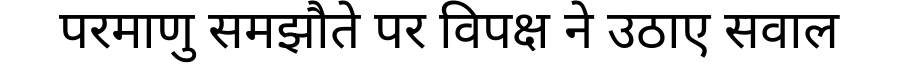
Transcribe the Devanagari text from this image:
परमाणु समझौते पर विपक्ष ने उठाए सवाल